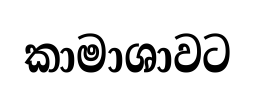
කාමාශාවට